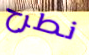
نطرح